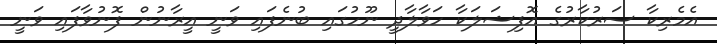
އެމެރިކާ ސަރުކާރުގެ އޮފިޝަލަކާ ހަވާލާދީ ނޫހުގައި ބުނެފައި ވަނީ އީރާނުން ފޮނުވާފައި ވަނީ